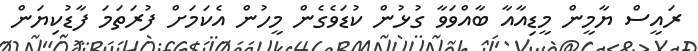
ރައީސް ޔާމީން މީޑިއާއާ ބާއްވަވާ ގުޅުން ކުޑަވެގެން މީހުން އެކަމަށް ފުރަތަމަ ފާޑުކިޔަން